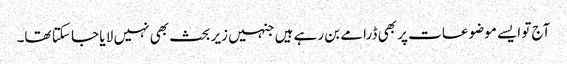
آج تو ایسے موضوعات پر بھی ڈرامے بن رہے ہیں جنہیں زیر بحث بھی نہیں لا یا جا سکتا تھا۔